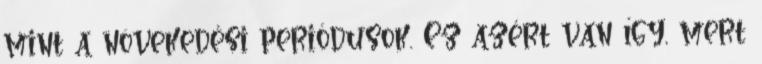
mint a növekedési periódusok. Ez azért van így, mert